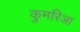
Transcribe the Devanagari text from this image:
कुमरिआ